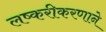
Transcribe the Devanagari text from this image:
लष्करीकरणाने